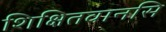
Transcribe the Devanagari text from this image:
शिक्षितवानसि